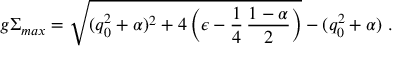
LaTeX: g \Sigma _ { m a x } = \sqrt { ( q _ { 0 } ^ { 2 } + \alpha ) ^ { 2 } + 4 \left( \epsilon - \frac 1 4 \, \frac { 1 - \alpha } { 2 } \right) } - ( q _ { 0 } ^ { 2 } + \alpha ) \; .